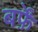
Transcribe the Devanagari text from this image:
बर्फ़ें